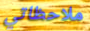
ملاحظاتي